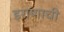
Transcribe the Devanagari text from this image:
इराणाची